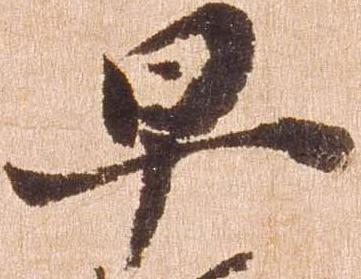
早